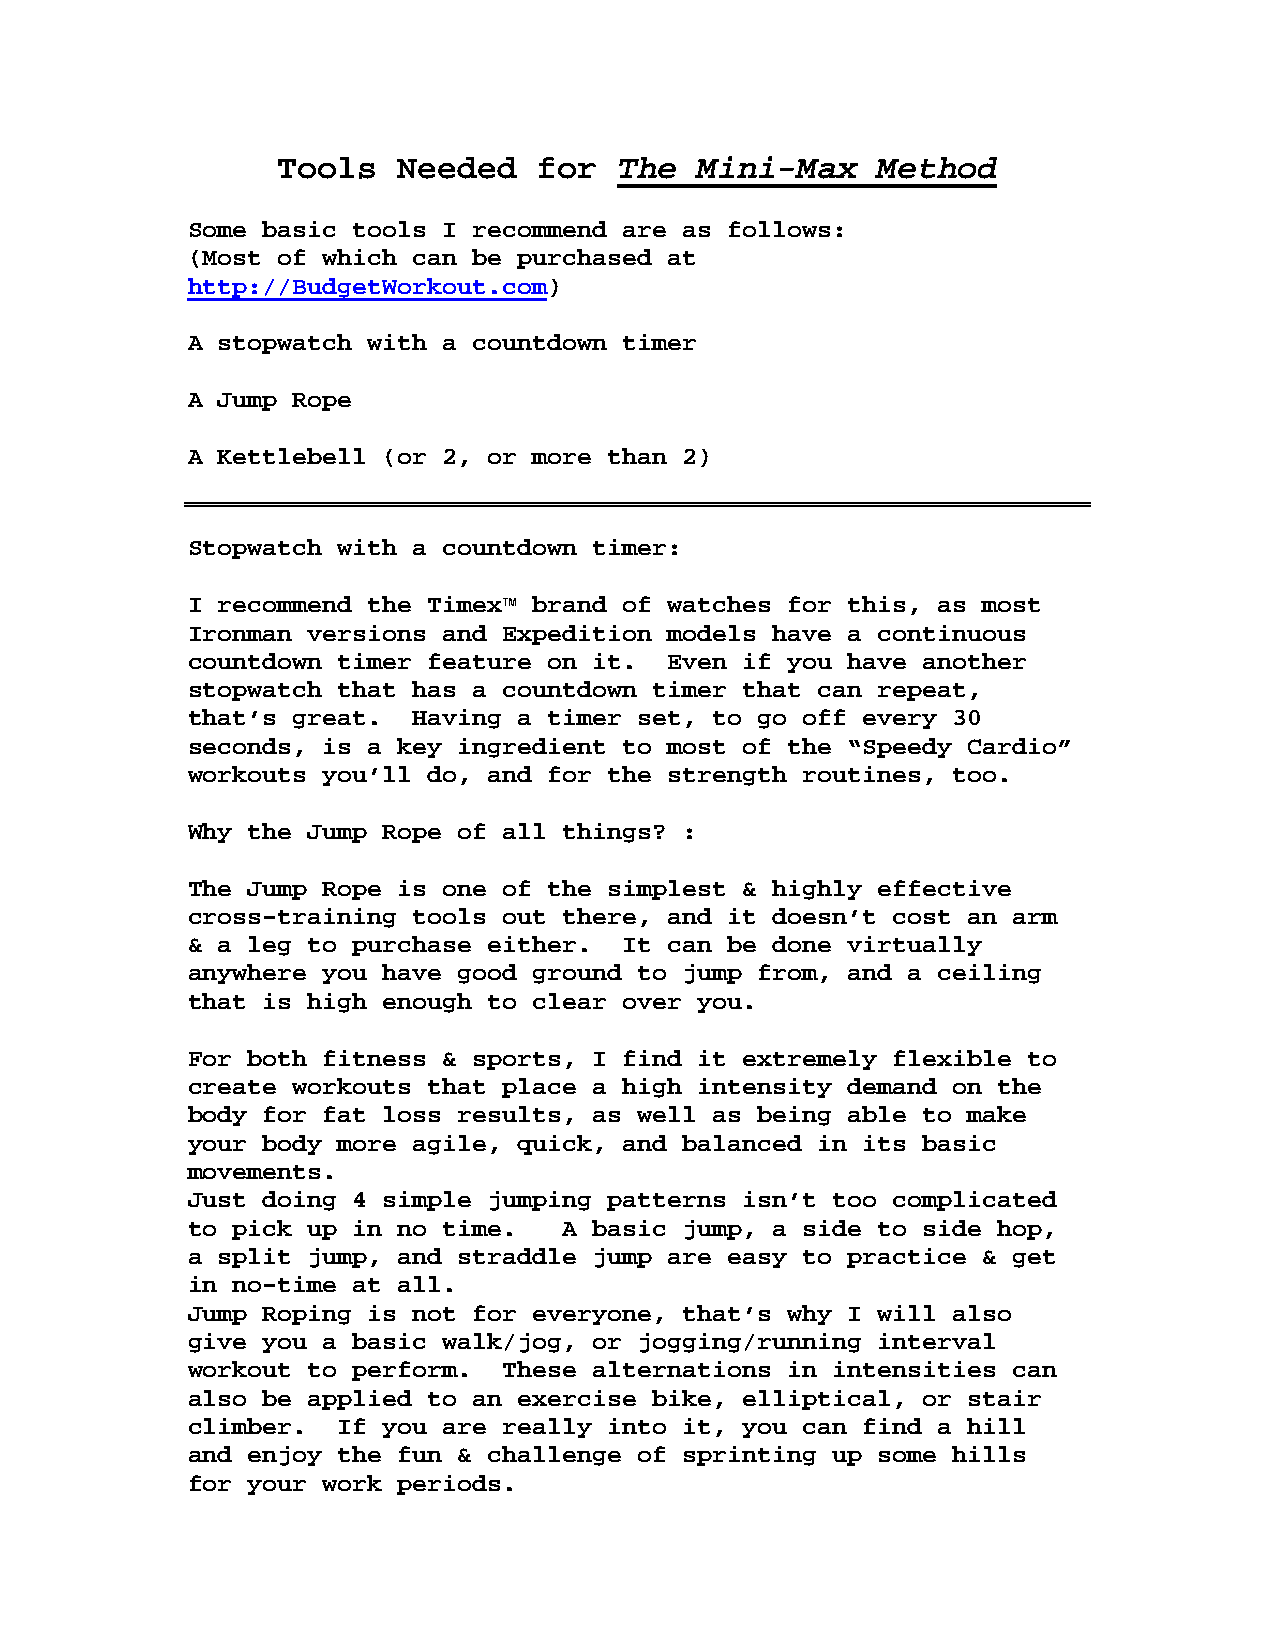
Tools   Needed    for  The  Mini-Max    Method
 Some basic tools I recommend are as follows:
 (Most of which can be purchased at
 http://BudgetWorkout.com)
 A stopwatch with a countdown timer
 A Jump Rope
 A Kettlebell (or 2, or more than 2)
 Stopwatch with a countdown timer:
 I recommend the Timex™ brand of watches for this, as most
 Ironman versions and Expedition models have a continuous
 countdown timer feature on it.  Even if you have another
 stopwatch that has a countdown timer that can repeat,
 that’s great.  Having a timer set, to go off every 30
 seconds, is a key ingredient to most of the “Speedy Cardio”
 workouts you’ll do, and for the strength routines, too.
 Why the Jump Rope of all things? :
 The Jump Rope is one of the simplest & highly effective
 cross-training tools out there, and it doesn’t cost an arm
 & a leg to purchase either.  It can be done virtually
 anywhere you have good ground to jump from, and a ceiling
 that is high enough to clear over you.
 For both fitness & sports, I find it extremely flexible to
 create workouts that place a high intensity demand on the
 body for fat loss results, as well as being able to make
 your body more agile, quick, and balanced in its basic
 movements.
 Just doing 4 simple jumping patterns isn’t too complicated
 to pick up in no time.   A basic jump, a side to side hop,
 a split jump, and straddle jump are easy to practice & get
 in no-time at all.
 Jump Roping is not for everyone, that’s why I will also
 give you a basic walk/jog, or jogging/running interval
 workout to perform.  These alternations in intensities can
 also be applied to an exercise bike, elliptical, or stair
 climber.  If you are really into it, you can find a hill
 and enjoy the fun & challenge of sprinting up some hills
 for your work periods.